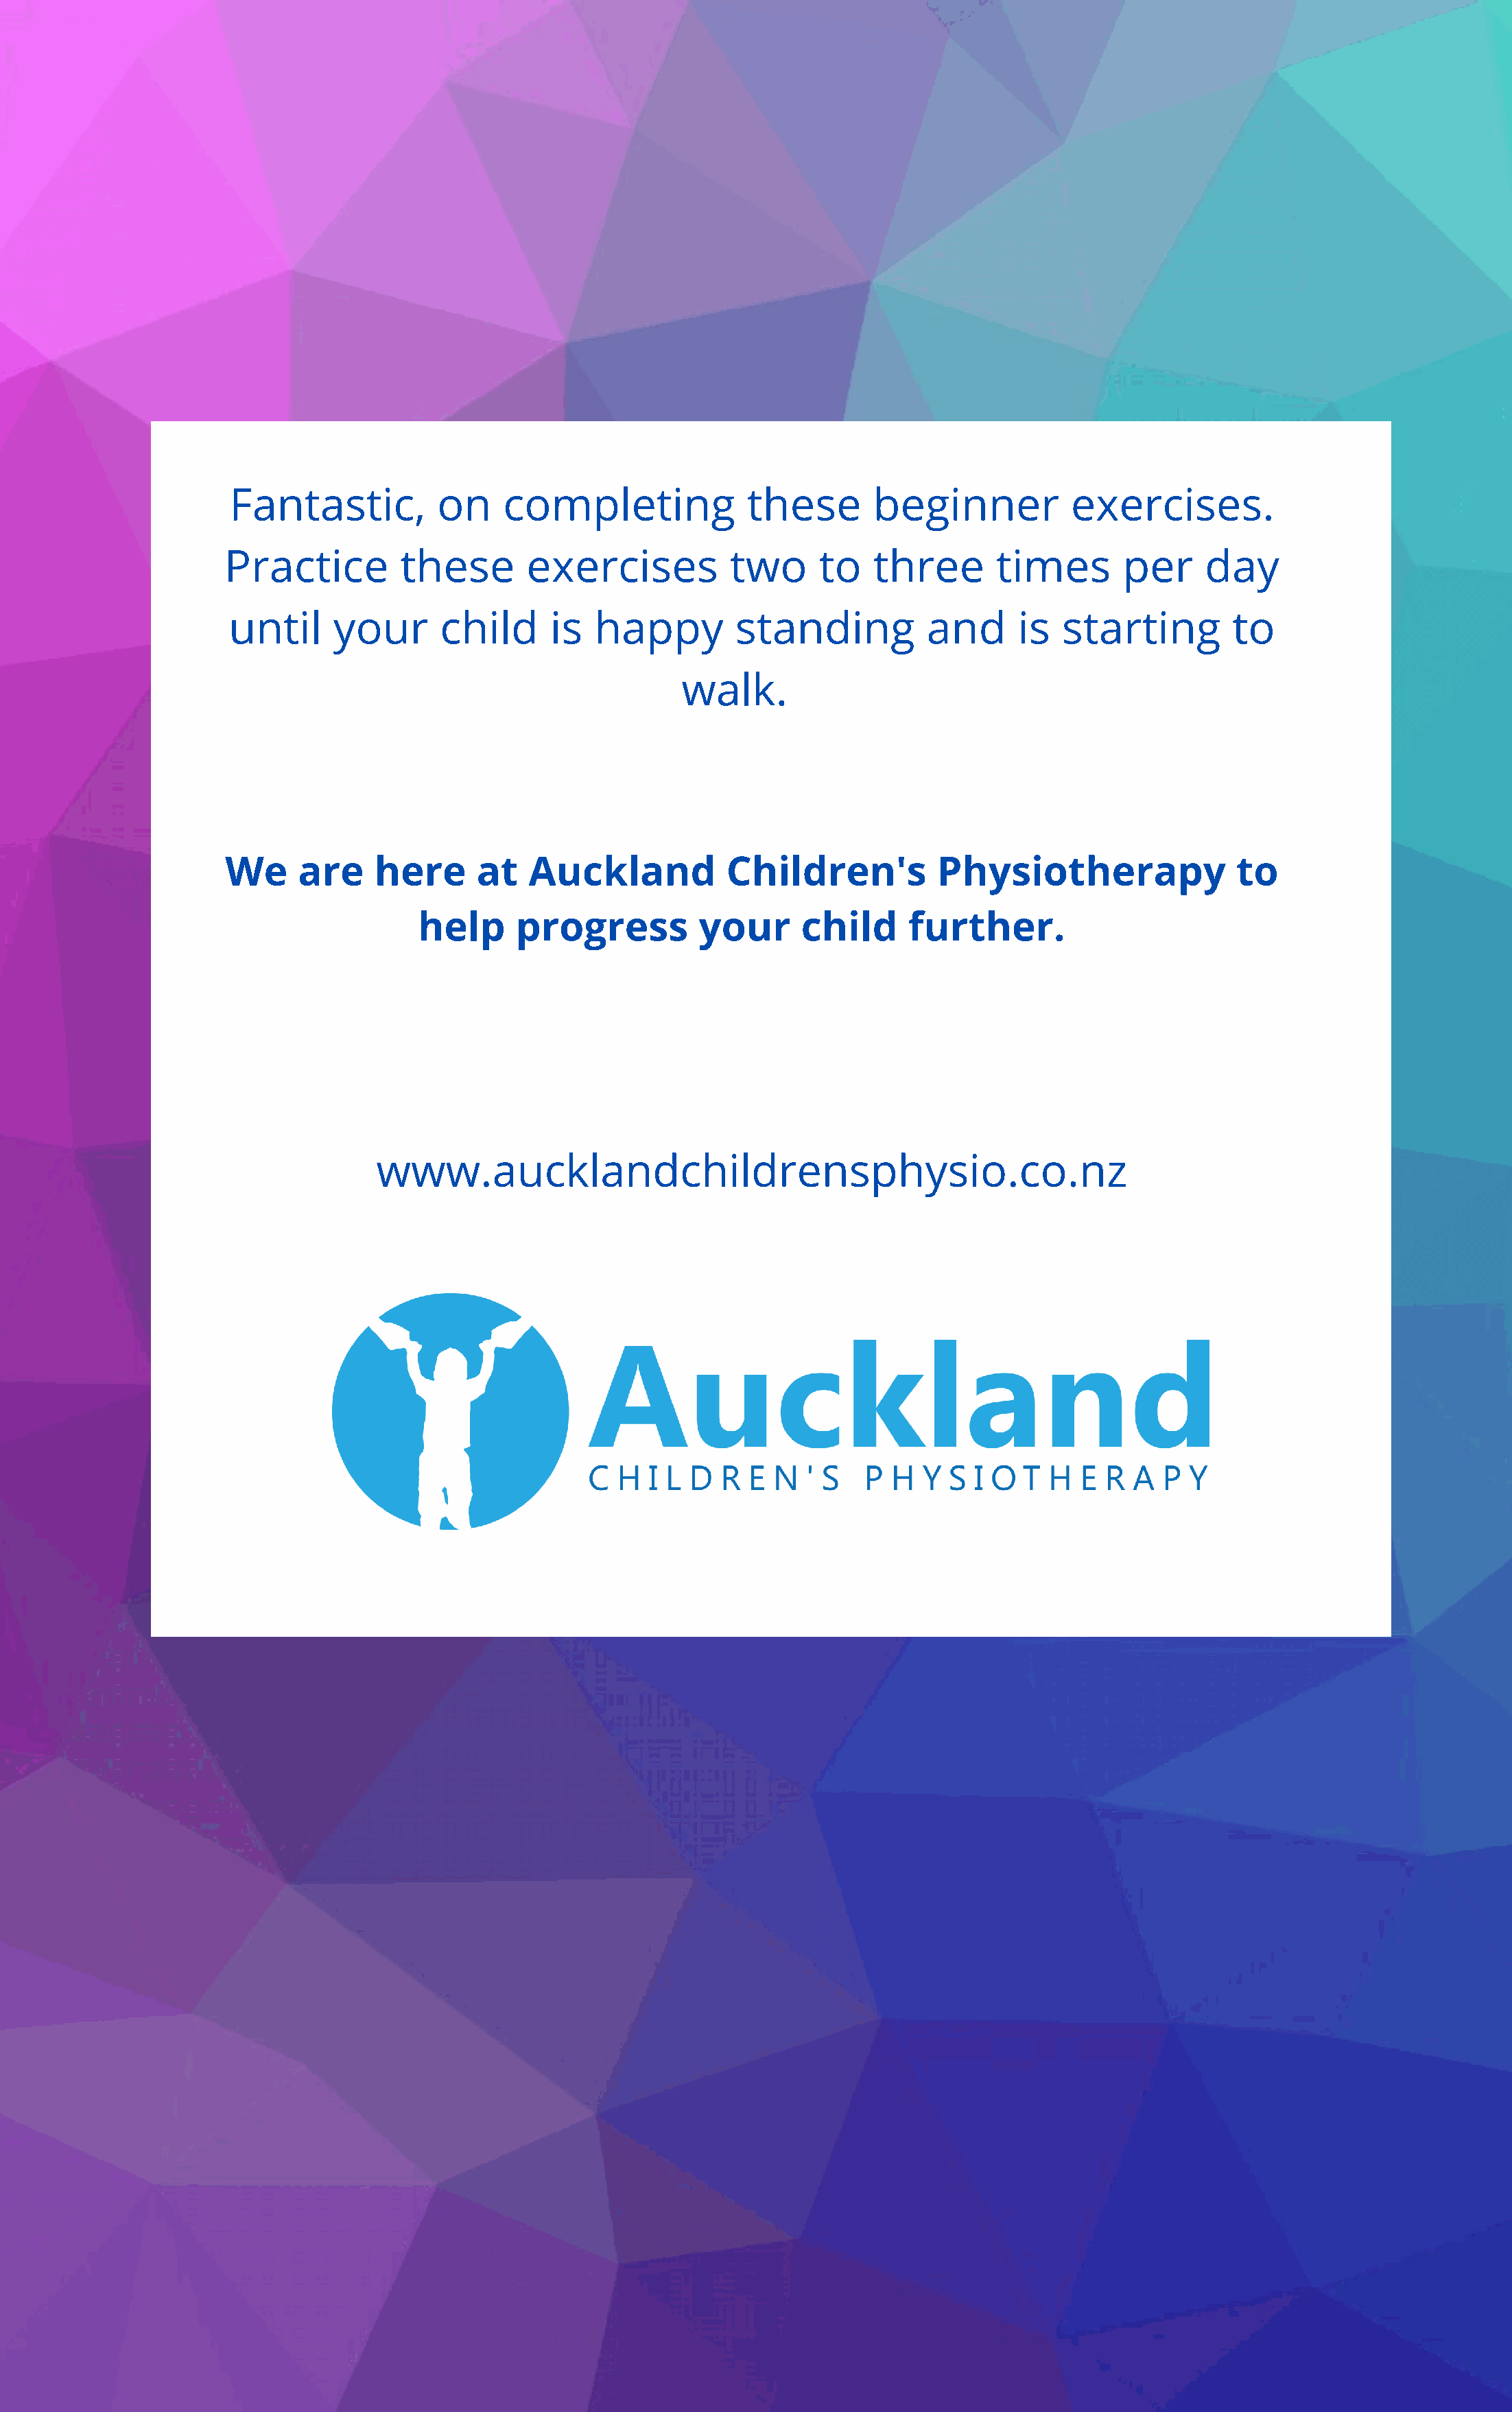
Fantastic,          on     completing             these       beginner           exercises.
 Practice         these       exercises          two      to   three       times       per     day
 until     your      child      is  happy         standing          and      is  starting         to
 walk.
 We     are    here      at   Auckland           Children's          Physiotherapy                to
 help      progress         your      child      further.
 www.aucklandchildrensphysio.co.nz